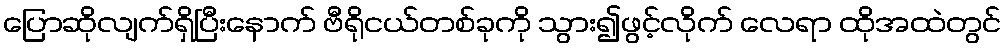
ပြောဆိုလျက်ရှိပြီးနောက် ဗီရိုငယ်တစ်ခုကို သွား၍ဖွင့်လိုက် လေရာ ထိုအထဲတွင်